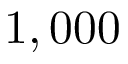
1 , 0 0 0